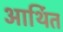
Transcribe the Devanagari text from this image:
आर्थित